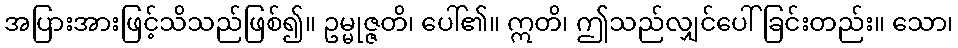
အပြားအားဖြင့်သိသည်ဖြစ်၍။ ဥမ္မုဇ္ဇတိ၊ ပေါ်၏။ ဣတိ၊ ဤသည်လျှင်ပေါ်ခြင်းတည်း။ သော၊